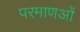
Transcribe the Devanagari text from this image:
परमाणओं